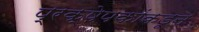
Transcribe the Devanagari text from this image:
प्रक्षेपकांकडून